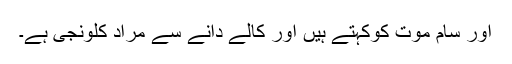
اور سام موت کوکہتے ہیں اور کالے دانے سے مراد کلونجی ہے۔